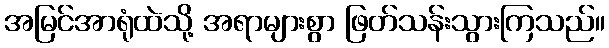
အမြင်အာရုံထဲသို့ အရာများစွာ ဖြတ်သန်းသွားကြသည်။